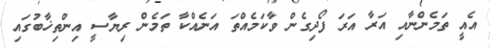
އެއީ ތަމެންނާއި އަރާ އަރަ ފޯދިގެން ވާކަމެއްތަ އަނެއްކާ ތަމެން ރިޔާސީ އިންތިޚާބުގައި